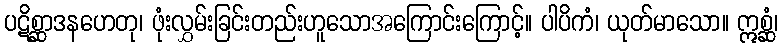
ပဋိစ္ဆာဒနဟေတု၊ ဖုံးလွှမ်းခြင်းတည်းဟူသောအကြောင်းကြောင့်။ ပါပိကံ၊ ယုတ်မာသော။ ဣစ္ဆံ၊